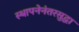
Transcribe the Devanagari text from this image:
स्थापनेनंतरसुद्धा